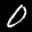
Label: 0